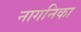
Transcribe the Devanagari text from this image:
नागनिका